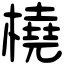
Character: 橈